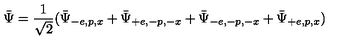
\bar { \Psi } = \frac { 1 } { \sqrt { 2 } } ( \bar { \Psi } _ { - e , p , x } + \bar { \Psi } _ { + e , - p , - x } + \bar { \Psi } _ { - e , - p , - x } + \bar { \Psi } _ { + e , p , x } )